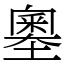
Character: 𡒃